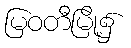
မြဝတီမြို့၌